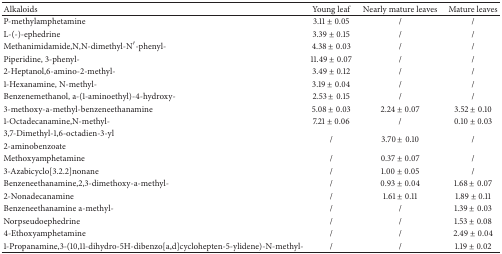
<table><thead><tr><td><b>Alkaloids</b></td><td><b>Young leaf</b></td><td><b>Nearly mature leaves</b></td><td><b>Mature leaves</b></td></tr></thead><tbody><tr><td>P-methylamphetamine</td><td>3.11 ± 0.05</td><td>/</td><td>/</td></tr><tr><td>L-(-)-ephedrine</td><td>3.39 ± 0.15</td><td>/</td><td>/</td></tr><tr><td>Methanimidamide,N,N-dimethyl-N′-phenyl-</td><td>4.38 ± 0.03</td><td>/</td><td>/</td></tr><tr><td>Piperidine, 3-phenyl-</td><td>11.49 ± 0.07</td><td>/</td><td>/</td></tr><tr><td>2-Heptanol,6-amino-2-methyl-</td><td>3.49 ± 0.12</td><td>/</td><td>/</td></tr><tr><td>1-Hexanamine, N-methyl-</td><td>3.19 ± 0.04</td><td>/</td><td>/</td></tr><tr><td>Benzenemethanol, a-(1-aminoethyl)-4-hydroxy-</td><td>2.53 ± 0.15</td><td>/</td><td>/</td></tr><tr><td>3-methoxy-a-methyl-benzeneethanamine</td><td>5.08 ± 0.03</td><td>2.24 ± 0.07</td><td>3.52 ± 0.10</td></tr><tr><td>1-Octadecanamine,N-methyl-</td><td>7.21 ± 0.06</td><td>/</td><td>0.10 ± 0.03</td></tr><tr><td>3,7-Dimethyl-1,6-octadien-3-yl</td><td rowspan="2">/</td><td rowspan="2">3.70 ± 0.10</td><td rowspan="2">/</td></tr><tr><td>2-aminobenzoate</td></tr><tr><td>Methoxyamphetamine</td><td>/</td><td>0.37 ± 0.07</td><td>/</td></tr><tr><td>3-Azabicyclo[3.2.2]nonane</td><td>/</td><td>1.00 ± 0.05</td><td>/</td></tr><tr><td>Benzeneethanamine,2,3-dimethoxy-a-methyl-</td><td>/</td><td>0.93 ± 0.04</td><td>1.68 ± 0.07</td></tr><tr><td>2-Nonadecanamine</td><td>/</td><td>1.61 ± 0.11</td><td>1.89 ± 0.11</td></tr><tr><td>Benzeneethanamine a-methyl-</td><td>/</td><td>/</td><td>1.39 ± 0.03</td></tr><tr><td>Norpseudoephedrine</td><td>/</td><td>/</td><td>1.53 ± 0.08</td></tr><tr><td>4-Ethoxyamphetamine</td><td>/</td><td>/</td><td>2.49 ± 0.04</td></tr><tr><td>1-Propanamine,3-(10,11-dihydro-5H-dibenzo[a,d]cyclohepten-5-ylidene)-N-methyl-</td><td>/</td><td>/</td><td>1.19 ± 0.02</td></tr></tbody></table>